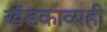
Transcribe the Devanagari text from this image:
खंडकाव्यही